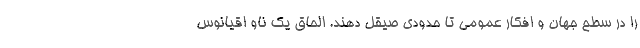
را در سطح جهان و افکار عمومی تا حدودی صیقل دهند. الحاق یک ناو اقیانوس